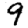
Digit: 9